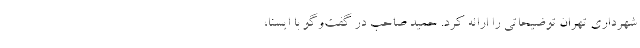
شهرداری تهران توضیحاتی را ارائه کرد. حمید صاحب در گفت‌وگو با ایسنا،